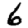
Digit: 6